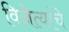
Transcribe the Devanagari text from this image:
विजेत्यांचे